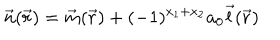
{ \vec { n } } ( { \vec { r } } ) = { \vec { m } } ( { \vec { r } } ) + ( - 1 ) ^ { x _ { 1 } + x _ { 2 } } a _ { 0 } { \vec { l } } ( { \vec { r } } )